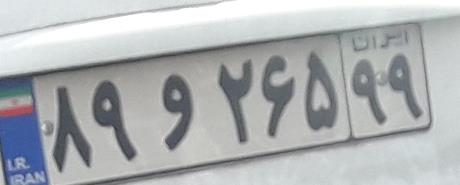
۸۹و۲۶۵۹۹